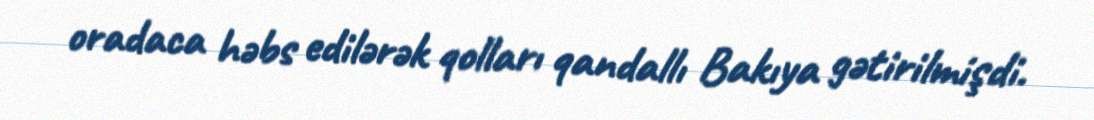
oradaca həbs edilərək qolları qandallı Bakıya gətirilmişdi.